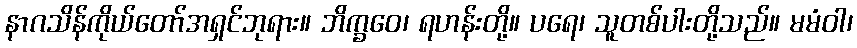
နာဂသိန်ကိုယ်တော်အရှင်ဘုရား။ ဘိက္ခဝေ၊ ရဟန်းတို့။ ပရေ၊ သူတစ်ပါးတို့သည်။ မမံဝါ၊